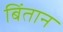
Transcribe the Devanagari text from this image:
बिंतान